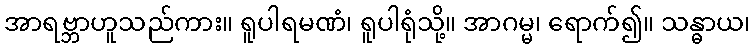
အာရဗ္ဘာဟူသည်ကား။ ရူပါရမဏံ၊ ရူပါရုံသို့။ အာဂမ္မ၊ ရောက်၍။ သန္ဓာယ၊